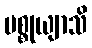
ပစ္စုယျာသိ